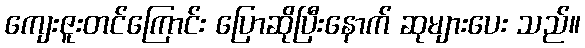
ကျေးဇူးတင်ကြောင်း ပြောဆိုပြီးနောက် ဆုများပေး သည်။